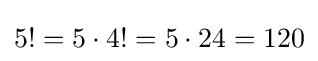
5!=5\cdot 4!=5\cdot 24=120